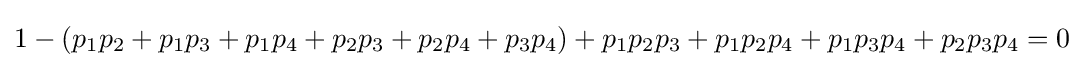
1-(p_{1}p_{2}+p_{1}p_{3}+p_{1}p_{4}+p_{2}p_{3}+p_{2}p_{4}+p_{3}p_{4})+p_{1}p_{2}p_{3}+p_{1}p_{2}p_{4}+p_{1}p_{3}p_{4}+p_{2}p_{3}p_{4}=0